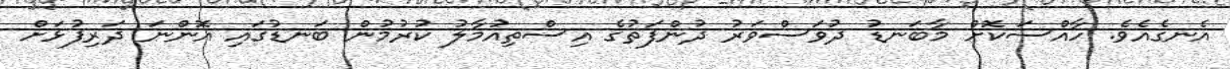
އެނގެއެވެ. ހާއްސަކޮށް މާބަނޑު ދުވަސްވަރު ދުންފަތުގެ އިސްތިއުމާލު ކުރުމުން ބަނޑުގައި އޮންނަ ދަރިފުޅަށް